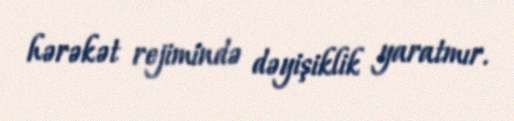
hərəkət rejimində dəyişiklik yaratmır.